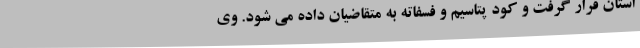
استان قرار گرفت و کود پتاسیم و فسفاته به متقاضیان داده می شود. وی